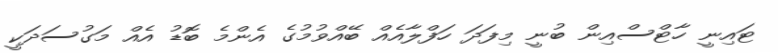
ޓައިނީ ހާޓްސްއިން ބުނީ މިފަދަ ހަފްލާއެއް ބޭއްވުމުގެ އެންމެ ބޮޑު އެއް މަގުސަދަކީ